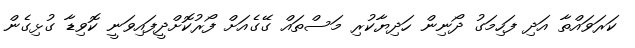
ކަރަވައްތާ އަދި ފަހިމަގު ދޯނިން ހަދިޔާކުރި މަސްތައް ގޭގެއަށް ފޯރުކޮށްދީފައިވަނީ ކޮވިޑާ ގުޅިގެން